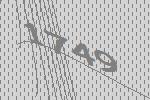
1749